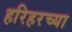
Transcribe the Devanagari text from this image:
हरिहरच्या